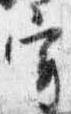
宰